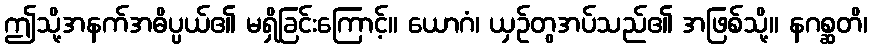
ဤသို့အနက်အဓိပ္ပယ်၏ မရှိခြင်းကြောင့်။ ယောဂံ၊ ယှဉ်တွအပ်သည်၏ အဖြစ်သို့။ နဂစ္ဆတိ၊